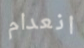
انعدام